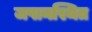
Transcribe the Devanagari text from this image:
जपानस्थित